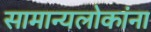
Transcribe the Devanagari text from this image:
सामान्यलोकांना